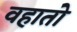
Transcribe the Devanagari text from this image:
वहातो